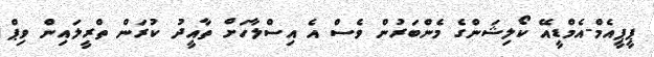
ޕީޕީއެމް-އެމްޑީއޭ ކޯލިޝަންގެ މެންބަރުން ވެސް އެ އިސްލާހަށް ތާއީދު ކުރަން ތްރީލައިން ވިޕް